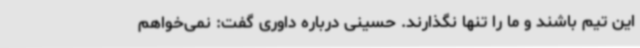
این تیم باشند و ما را تنها نگذارند. حسینی درباره داوری گفت: نمی‌خواهم